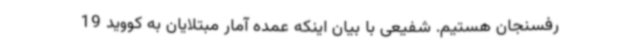
رفسنجان هستیم. شفیعی با بیان اینکه عمده آمار مبتلایان به کووید 19